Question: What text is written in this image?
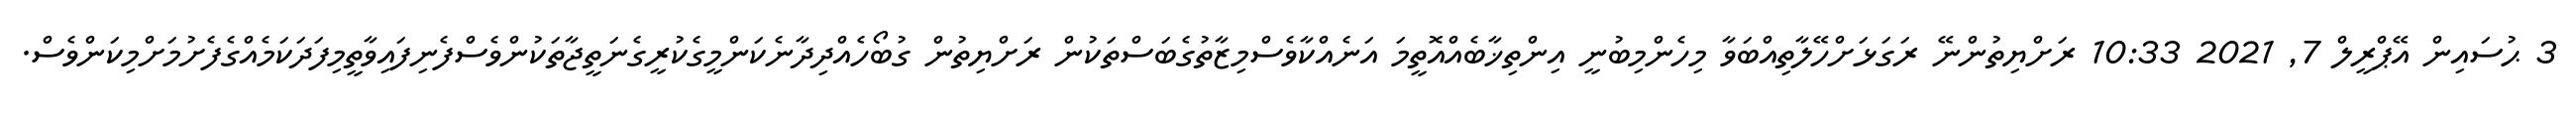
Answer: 3 ޙުސައިން އޭޕްރީލް 7, 2021 10:33 ރަށްޔިތުންނޭ ރަގަޅަށްހޭލާތިއްބަވާ މިހެންމިބުނީ އިންތިޚާބެއްއޮތީމަ އަނެއްކާވެސްމިޒާތުގެބަސްތަކުން ރަށްޔިތުން ގުބޯހެއްދިދާނެކަންމީގެކުރީގެނަތީޖާތަކުންވެސްފެނިފައިވާތީމިފަދަކަމެއްގެފެށުމަށްމިކަންވެސް.